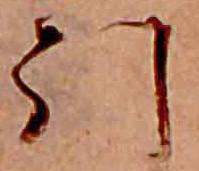
引